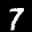
Label: 7